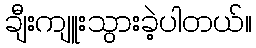
ချီးကျူးသွားခဲ့ပါတယ်။